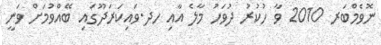
ނޮވެމްބަރ 2010 ވާ ހުކުރު ދުވަހު މާލެ އާއި ހދ.ވައިކަރަދޫގައި ބޭއްވުމަށް ވަނީ